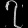
Digit: ၇